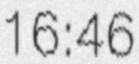
16:46